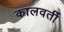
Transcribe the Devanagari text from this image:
कालवर्ती